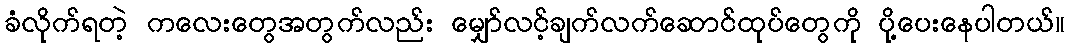
ခံလိုက်ရတဲ့ ကလေးတွေအတွက်လည်း မျှော်လင့်ချက်လက်ဆောင်ထုပ်တွေကို ပို့ပေးနေပါတယ်။